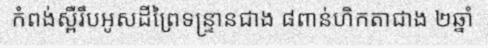
កំពង់ស្ពឺរឹបអូសដីព្រៃទន្ទ្រានជាង ៨ពាន់ហិកតាជាង ២ឆ្នាំ